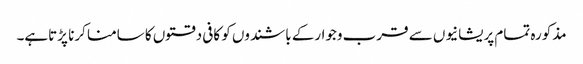
مذکورہ تمام پریشانیوں سے قرب وجوارکے باشندوں کو کافی دقتوں کا سامنا کرنا پڑتاہے۔